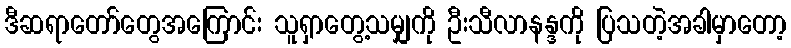
ဒီဆရာတော်တွေအကြောင်း သူရှာတွေ့သမျှကို ဦးသီလာနန္ဒကို ပြသတဲ့အခါမှာတော့